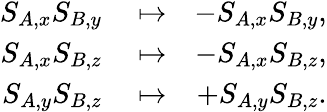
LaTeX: \begin{array}{rlr}{S_{A,x}S_{B,y}}&{{}\mapsto}&{-S_{A,x}S_{B,y},}\\ {S_{A,x}S_{B,z}}&{{}\mapsto}&{-S_{A,x}S_{B,z},}\\ {S_{A,y}S_{B,z}}&{{}\mapsto}&{+S_{A,y}S_{B,z}.}\end{array}